Report of an investigation into the causes of the diseases known in Assam as Kála-Azár and Beri-Beri
Disease focus: Beri-Beri
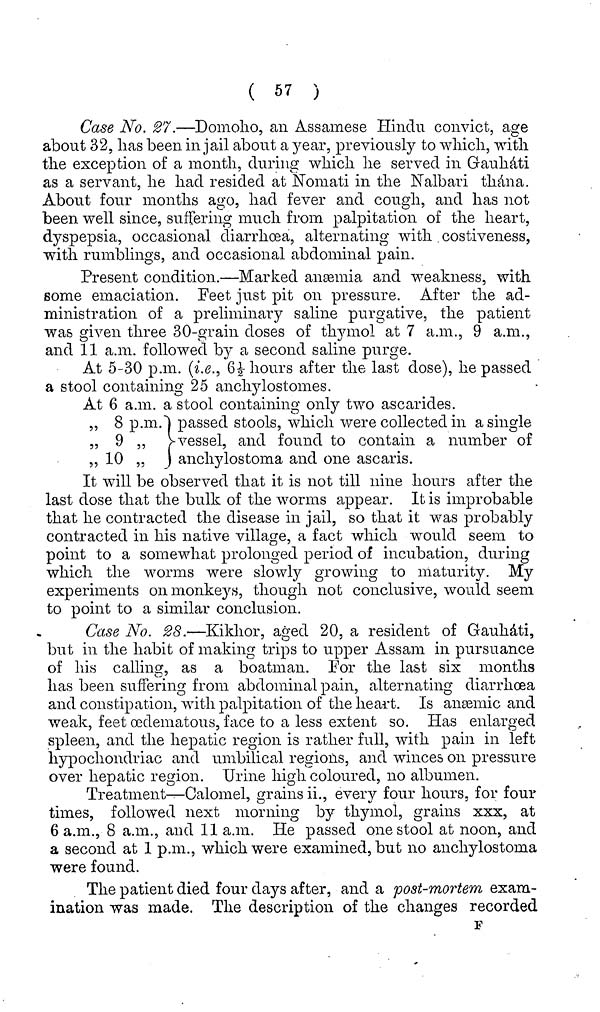
( 57 )
Case No. 27.—Domoho, an Assamese Hindu convict, age
about 32, has been in jail about a year, previously to which, with
the exception of a month, during which he served in Gauháti
as a servant, he had resided at Nomati in the Nalbari thána.
About four months ago, had fever and cough, and has not
been well since, suffering much from palpitation of the heart,
dyspepsia, occasional diarrhoea, alternating with costiveness,
with rumblings, and occasional abdominal pain.
Present condition.—Marked anæmia and weakness, with
some emaciation. Feet just pit on pressure. After the ad-
ministration of a preliminary saline purgative, the patient
was given three 30-grain doses of thymol at 7 a.m., 9 a.m.,
and 11 a.m. followed by a second saline purge.
At 5-30 p.m. (i.e., 6½ hours after the last dose), he passed
a stool containing 25 anchylostomes.
At 6 a.m. a stool containing only two ascárides.
„ 8 p.m."] passed stools, which were collected in a single
„ 9 ,,
vessel, and found to contain a number of
,, 10 „ ) anchylostoma and one ascaris.
It will be observed that it is not till nine hours after the
last dose that the bulk of the worms appear. It is improbable
that he contracted the disease in jail, so that it was probably
contracted in his native village, a fact which would seem to
point to a somewhat prolonged period of incubation, during
which the worms were slowly growing to maturity. My
experiments on monkeys, though not conclusive, would seem
to point to a similar conclusion.
Case No. 28.—Kikhor, aged 20, a resident of Gauháti,
but in the habit of making trips to upper Assam in pursuance
of his calling, as a boatman. For the last six months
has been suffering from abdominal pain, alternating diarrhoea
and constipation, with palpitation of the heart. Is anæmic and
weak, feet œdematous, face to a less extent so. Has enlarged
spleen, and the hepatic region is rather full, with pain in left
hypochondriac and umbilical regions, and winces on pressure
over hepatic region. Urine high coloured, no albumen.
Treatment—Calomel, grains ii., every four hours, for four
times, followed next morning by thymol, grains xxx, at
6 a.m., 8 a.m., and 11 a.m. He passed one stool at noon, and
a second at 1 p.m., which were examined, but no anchylostoma
were found.
The patient died four days after, and a post-mortem exam-
ination was made. The description of the changes recorded
F